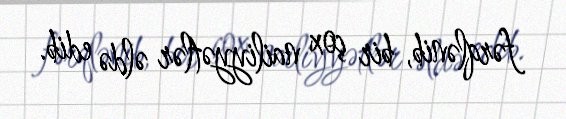
fərqlənib, bir çox nailiyyətlər əldə edib.